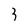
Character: 3